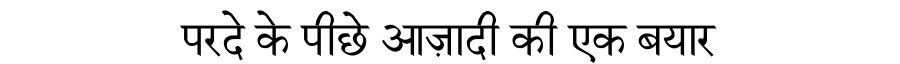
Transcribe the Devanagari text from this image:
परदे के पीछे आज़ादी की एक बयार